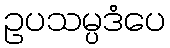
ဥပသမ္ပဒံပေ